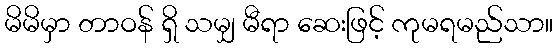
မိမိမှာ တာဝန် ရှိ သမျှ မီရာ ဆေးဖြင့် ကုမရမည်သာ။